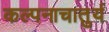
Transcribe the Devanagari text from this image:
कल्पनाचातुर्य